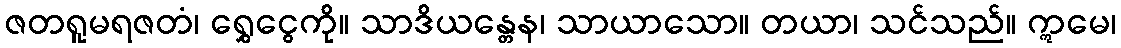
ဇတရူမရဇတံ၊ ရွှေငွေကို။ သာဒိယန္တေန၊ သာယာသော။ တယာ၊ သင်သည်။ ဣမေ၊